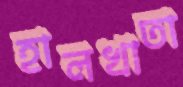
হালখাতা